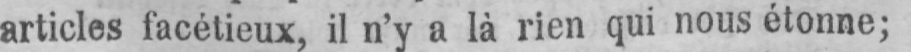
articles facétieux, il n’y a là rien qui nous étonne;